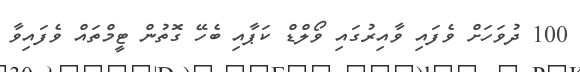
100 ދުވަހަށް ވެފައި ވާއިރުގައި ވޯލްޑް ކަޕާއި ބެހޭ ގޮތުން ޓީމްތައް ވެފައިވާ